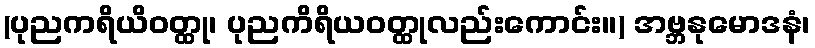
(ပုညကရိယိဝတ္ထု၊ ပုညကိရိယဝတ္ထုလည်းကောင်း။) အဗ္ဘနုမောဒနံ၊